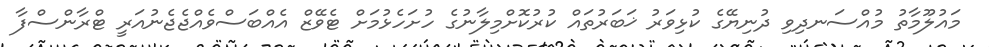
މައުލޫމާތު މުއްސަނދިވި ދުނިޔޭގެ ކުޅިވަރު ޚަބަރުތައް ކުރުކޮށްމިލާނުގެ ހުށަހެޅުމަށް ޓެވޭޒް އެއްބަސްވެއްޖެޖެނުއަރީ ޓްރާންސްފާ